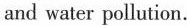
and water pollution.